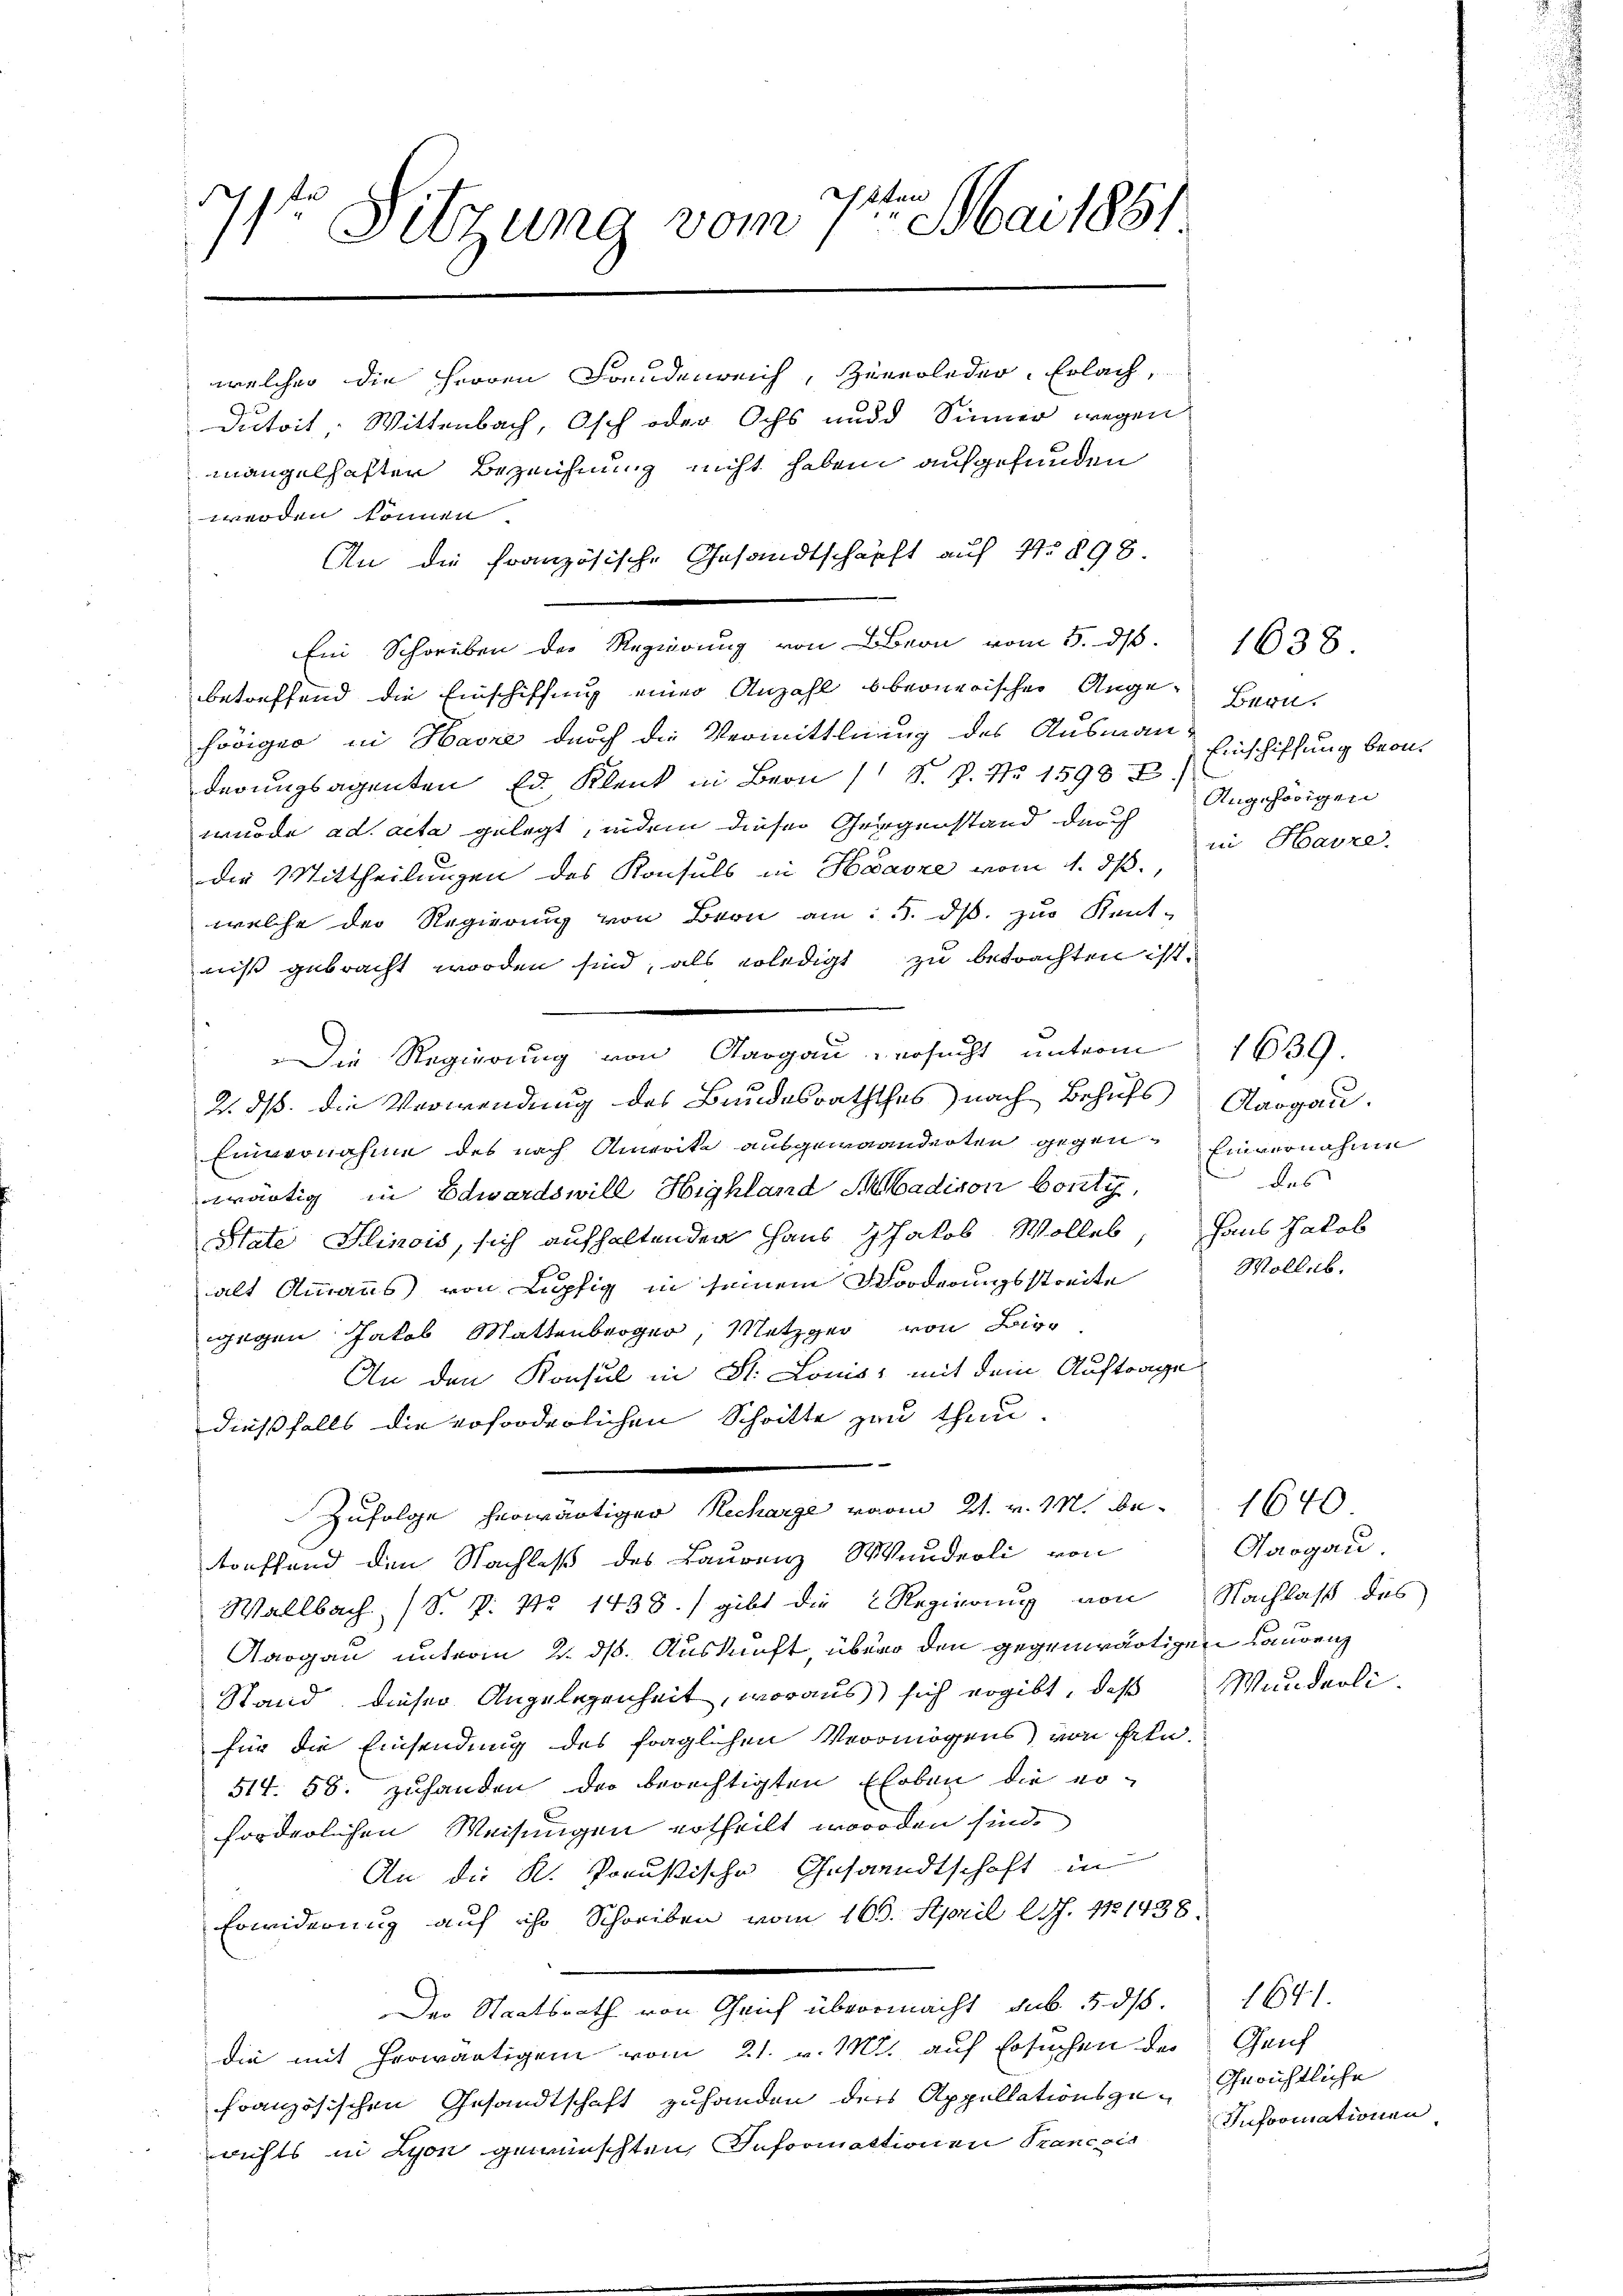
bten
1ste Sitzung vom 1. Mai 1881
welcher die Herren Freudenreich, Zuverleder. Erlach,

Dutoit, Wittenbach, Osch oder Ochs und Sinner wegen
mangelhaften Bezeichnung nicht haben aufgefunden
werden können.

An die französische Gesandtschäft auf No 898.

Ein Schreiben der Regierung von Bern vom 5. ds.

betreffend die Einschiffung einer Anzahl bbeonerischen Auge Bern
höriger in Havre durch die Vermittlung des Ausmann Einschiffung beonderungsagenten Ed. Klenk in Bern (S. P. Nr. 1590 2.)
wurde ad acta gelegt, indem dieser Gegenstand durch Angehörigen
die Mittheilungen des Konsuls in Haarze vom 1. ds.,
welche der Regierung von Bron am 5. ds. zur Kent-
niß gebracht worden sind, als erledigt zu betrachten ist.
Die Regierung von Aargau versucht unterm 1639.
2. ds. die Verwendung des Bundesraththes nach Behufs Aargau.
Einvernahme des nach Amerika ausgewanderten gegen Einvernahme
wärtig in Edwardswill Highland Abadison bonti
State Ilinois, sich aufhaltenden Haus Jakob Wolles, Haus Jakob
alt Ammanns von Lupfig in seinem Morderungsstreite
igen Jakob Mattenger, Metzger von Bi
An den Konsul in Dr. Louis mit dem Auftrage
dießfalls die erforderlichen Schritte zu thun.
e
Zufolge herwärtiger Recharge vom 21. v. M. betreffend den Nachlaß des Laurenz Wunderli von
Wallbach (S. P. No 1438. gibt die Regierung von Nachlaß des
Aargau unterm 2. ds. Auskunft, über den gegenwärtigen Laurenz
Stand dieser Angelegenheit, woraus) sich ergibt, daß Wanderlifür die Einsendung des fraglichen Vermögens von Frln
514. 58. zuhanden der berechtigten Eheben die er-
forderlichen Weisungen ertheilt worden sind.
An die K. Preußische Gesandtschaft in
Erwiderung auf ihr Schreiben vom 160. April lJ. 171438.
Der Staatsrath von Geif übermacht, sub 5. ds.
die mit herwärtigen vom 21. v. M. auf Ersuchen der Genf
französischen Gesandtschaft zuhanden des Appellationsge-Gerichtliche
wichts in Lyon gewünschten Informationen Trancois Informationen

in Havre.

des
Wolle.

1638.

1640
Aargau

1641.